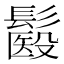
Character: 𩮾